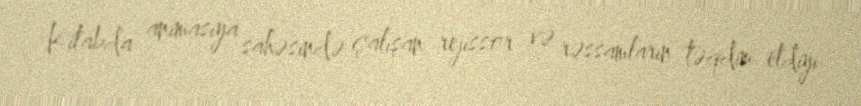
Kitabda animasiya sahəsində çalışan rejissor və rəssamların təqdim etdiyi